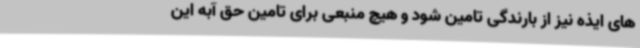
های ایذه نیز از بارندگی تامین شود و هیچ منبعی برای تامین حق آبه این